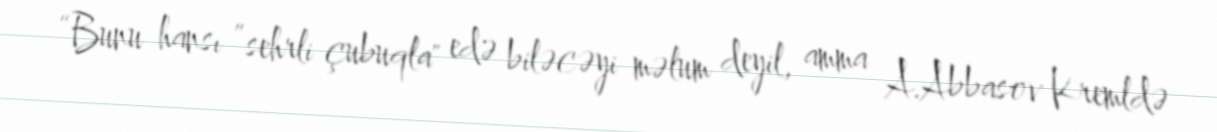
“Bunu hansı ”sehrli çubuqla" edə biləcəyi məlum deyil, amma A.Abbasov Kremldə